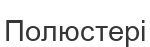
Полюстері